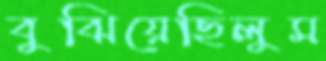
বুঝিয়েছিলুম